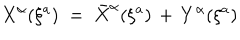
X ^ { \alpha } ( \xi ^ { a } ) \; = \; { \bar { X } } ^ { \alpha } ( \xi ^ { a } ) \, + \, Y ^ { \alpha } ( \xi ^ { a } )